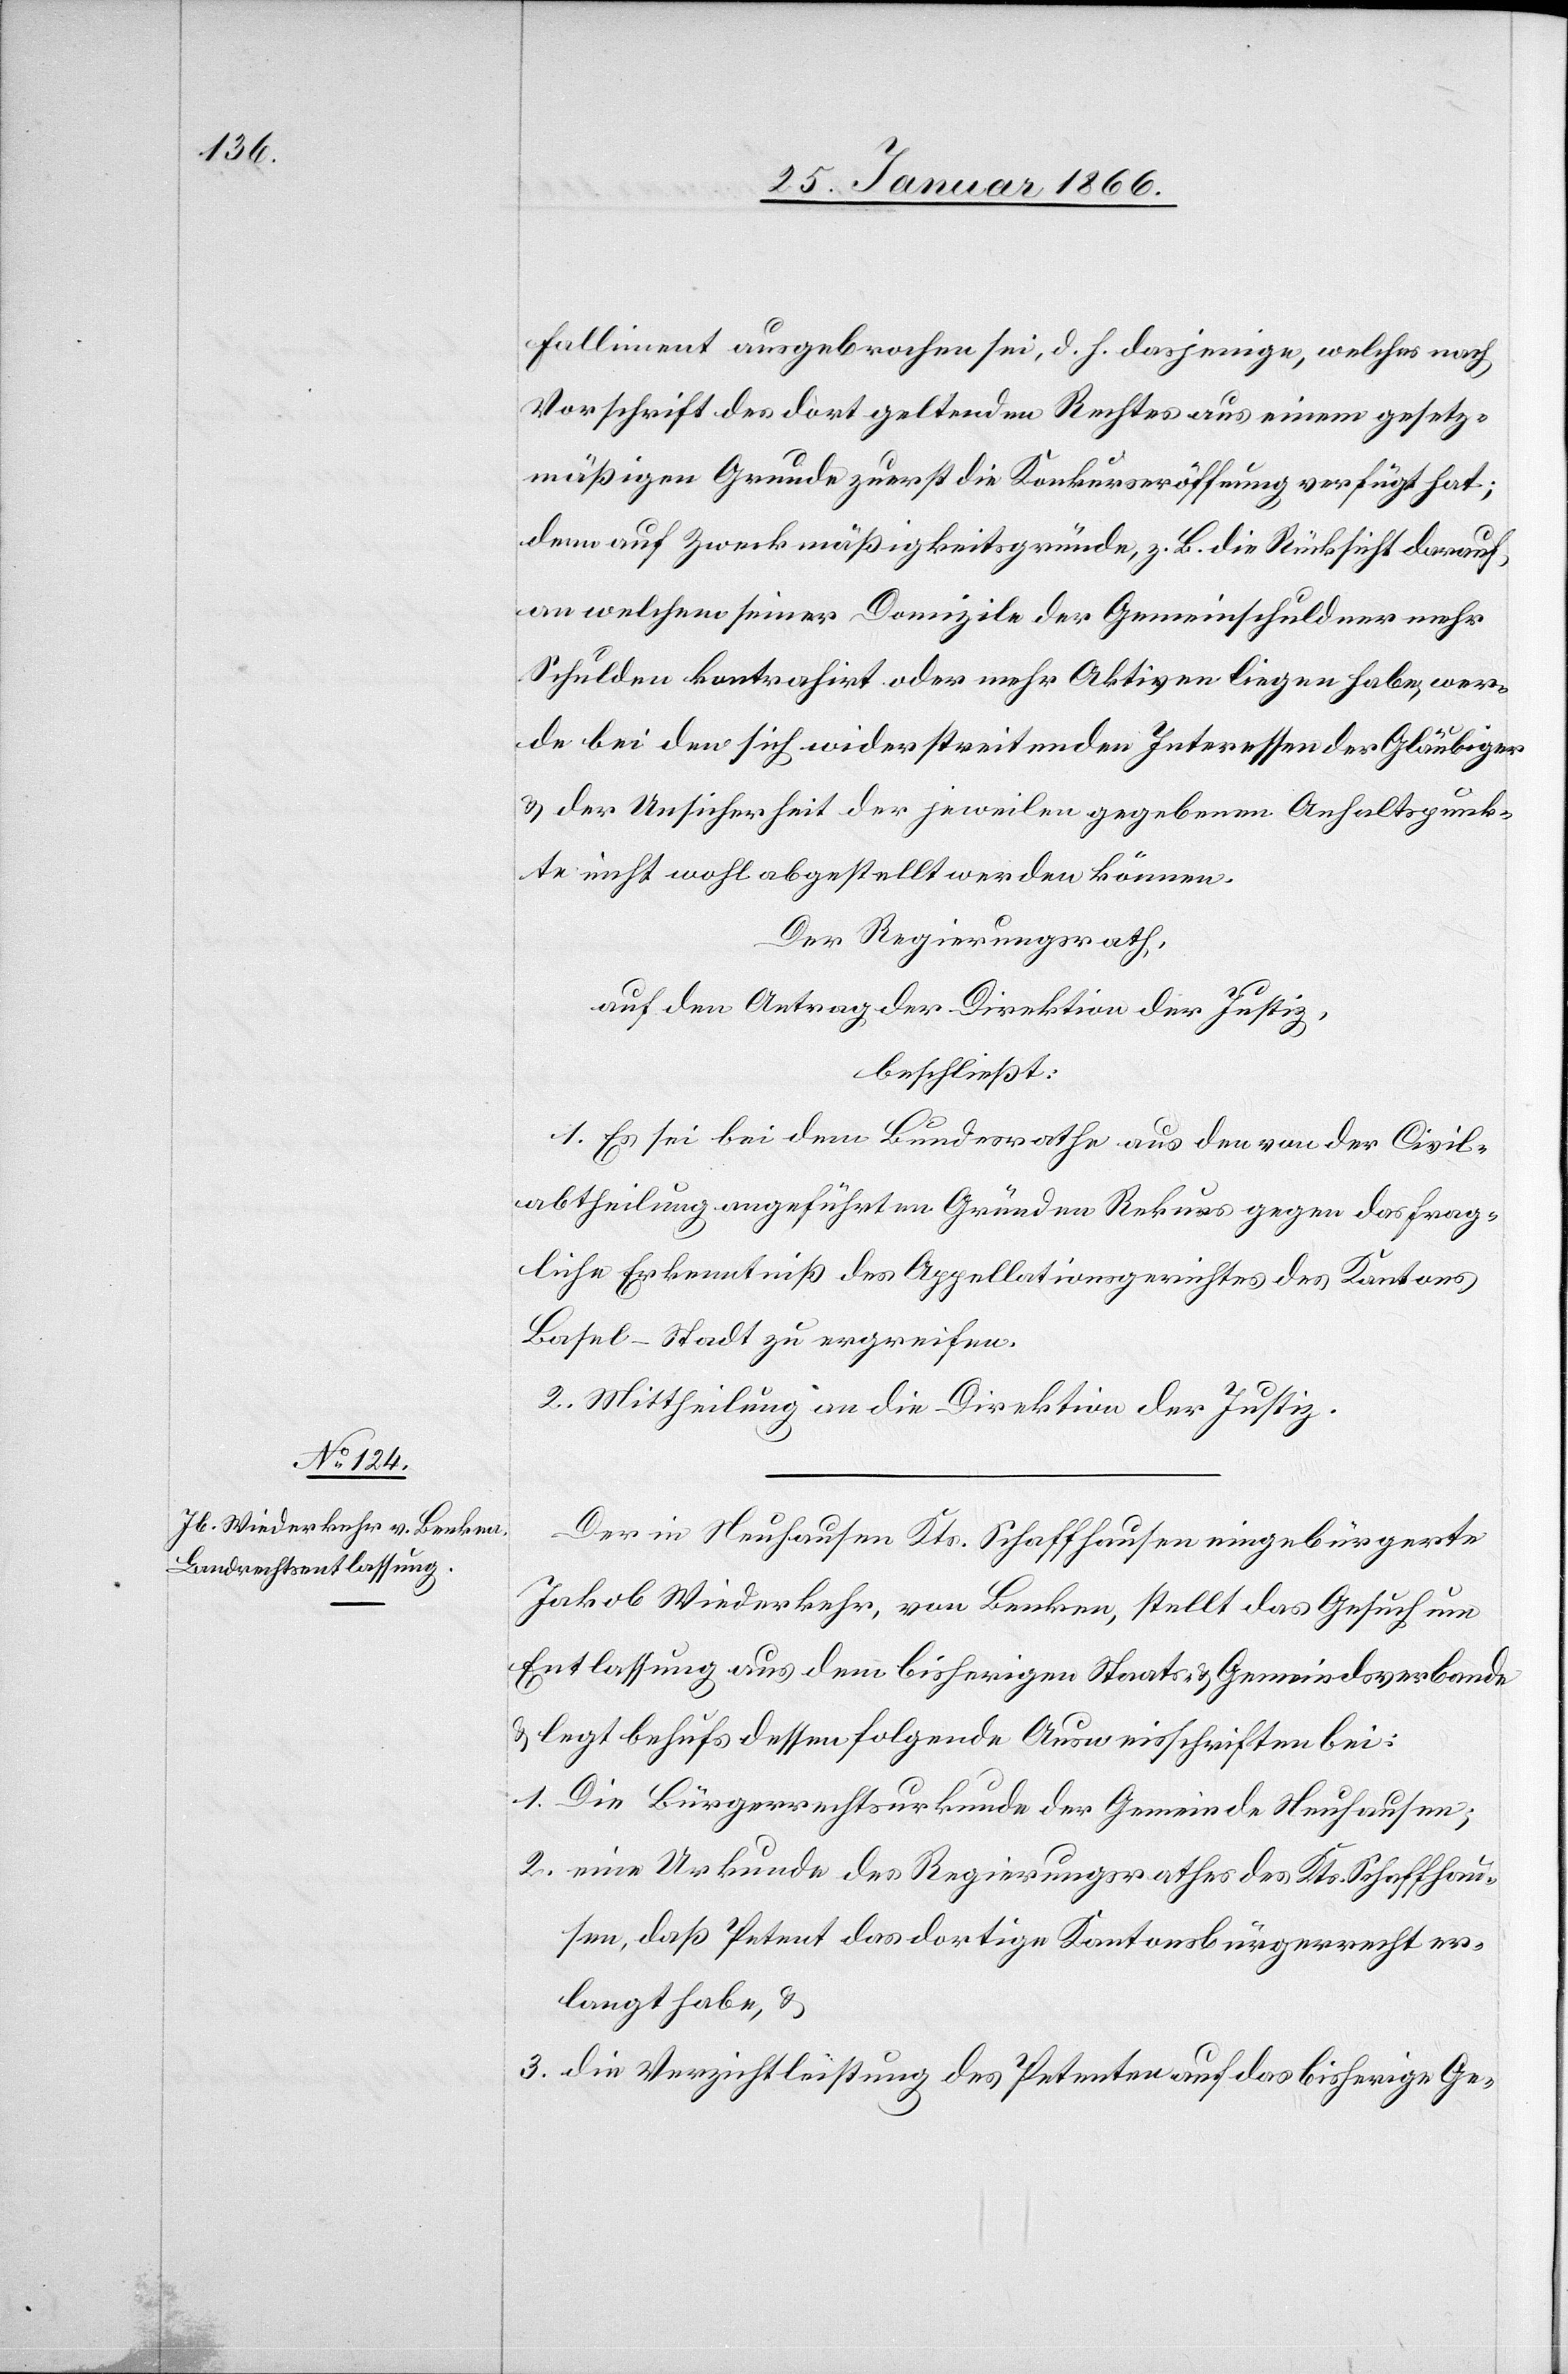
Falliment ausgebrochen sei, d. h. dasjenige, welches nach
Vorschrift des dort geltenden Rechtes aus einem gesetz¬
mäßigen Grunde zuerst die Konkurseröffnung verfügt hat;
denn auf Zweckmäßigkeitsgründe, z. B. Rücksicht darauf,
an welchem seiner Domizile der Gemeinschuldner mehr
Schulden kontrahirt oder mehr Aktiven liegen habe, wer¬
de bei den sich widerstreitenden Interessen der Gläubiger
u. der Unsicherheit der jeweilen gegebenen Anhaltspunk¬
te nicht wohl abgestellt werden können.
Der Regierungsrath,
auf Antrag der Direktion der Justiz,
beschließt:
1. Es sei bei dem Bundesrathe aus den von der Civil¬
abtheilung angeführten Gründen Rekurs gegen das frag¬
liche Erkenntniß des Appellationsgerichtes des Kantons
Basel-Stadt zu ergreifen.
2. Mittheilung an die Direktion des Justiz.
Der in Neuhausen Kts. Schaffhausen eingebürgerte
Jakob Wiederkehr, von Benken, stellt das Gesuch um
Entlassung aus dem bisherigen Staats- u. Gemeindverbande
u. legt behufs dessen folgende Ausweisschriften bei:
1. Die Bürgerrechtsurkunde der Gemeinde Neuhausen;
2. eine Urkunde des Regierungsrathes des Kts. Schaffhau¬
sen, daß Petent das dortige Kantonsbürgerrecht er¬
langt habe, u.
3. die Verzichtserklärung des Petenten auf das bisherige Ge-